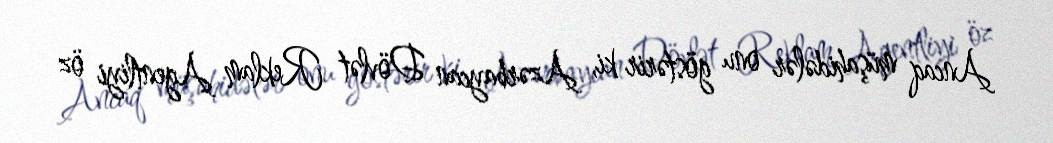
Ancaq müşahidələr onu göstərir ki, Azərbaycan Dövlət Reklam Agentliyi öz